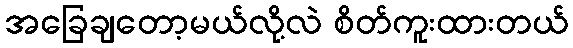
အခြေချတော့မယ်လို့လဲ စိတ်ကူးထားတယ်